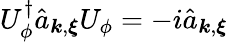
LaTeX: U_{\phi}^{\dagger}\hat{a}_{{\boldsymbol k},{\boldsymbol\xi}}U_{\phi}=-i\hat{a}_{{\boldsymbol k},{\boldsymbol\xi}}